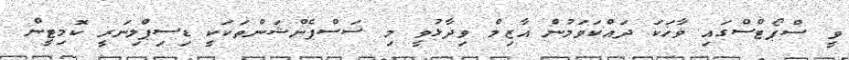
ވީ ސްޕޯޓްސްގައި ވާހަކަ ދައްކަވަމުން އާޒިމް ވިދާޅުވީ މި ސަސްޕެންޝަންތަކަކީ ޑިސިޕްލިނަރީ ކޮމިޓީން